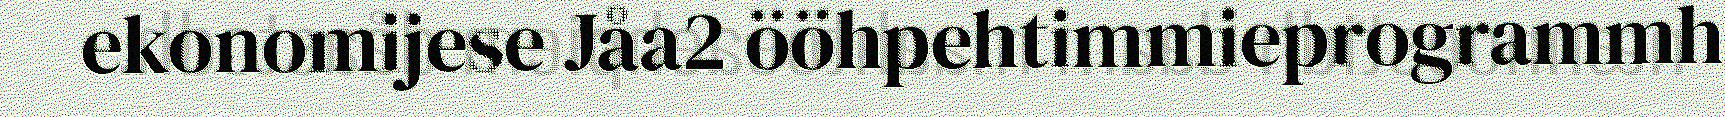
ekonomijese Jåa2 ööhpehtimmieprogrammh